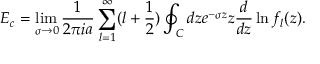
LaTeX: E _ { c } = \operatorname * { l i m } _ { \sigma \to 0 } { \frac { 1 } { 2 \pi i a } } \sum _ { l = 1 } ^ { \infty } ( l + { \frac { 1 } { 2 } } ) \oint _ { C } d z e ^ { - \sigma z } z { \frac { d } { d z } } \ln f _ { l } ( z ) .